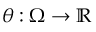
\theta : \Omega \to \mathbb { R }